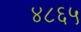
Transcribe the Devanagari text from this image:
४८६५